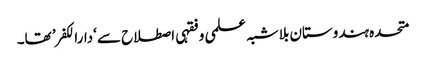
متحدہ ہندوستان بلاشبہ علمی و فقہی اصطلاح سے ‘دارالکفر’ تھا۔